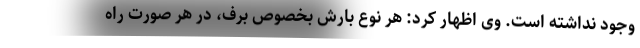
وجود نداشته است. وی اظهار کرد: هر نوع بارش بخصوص برف، در هر صورت راه